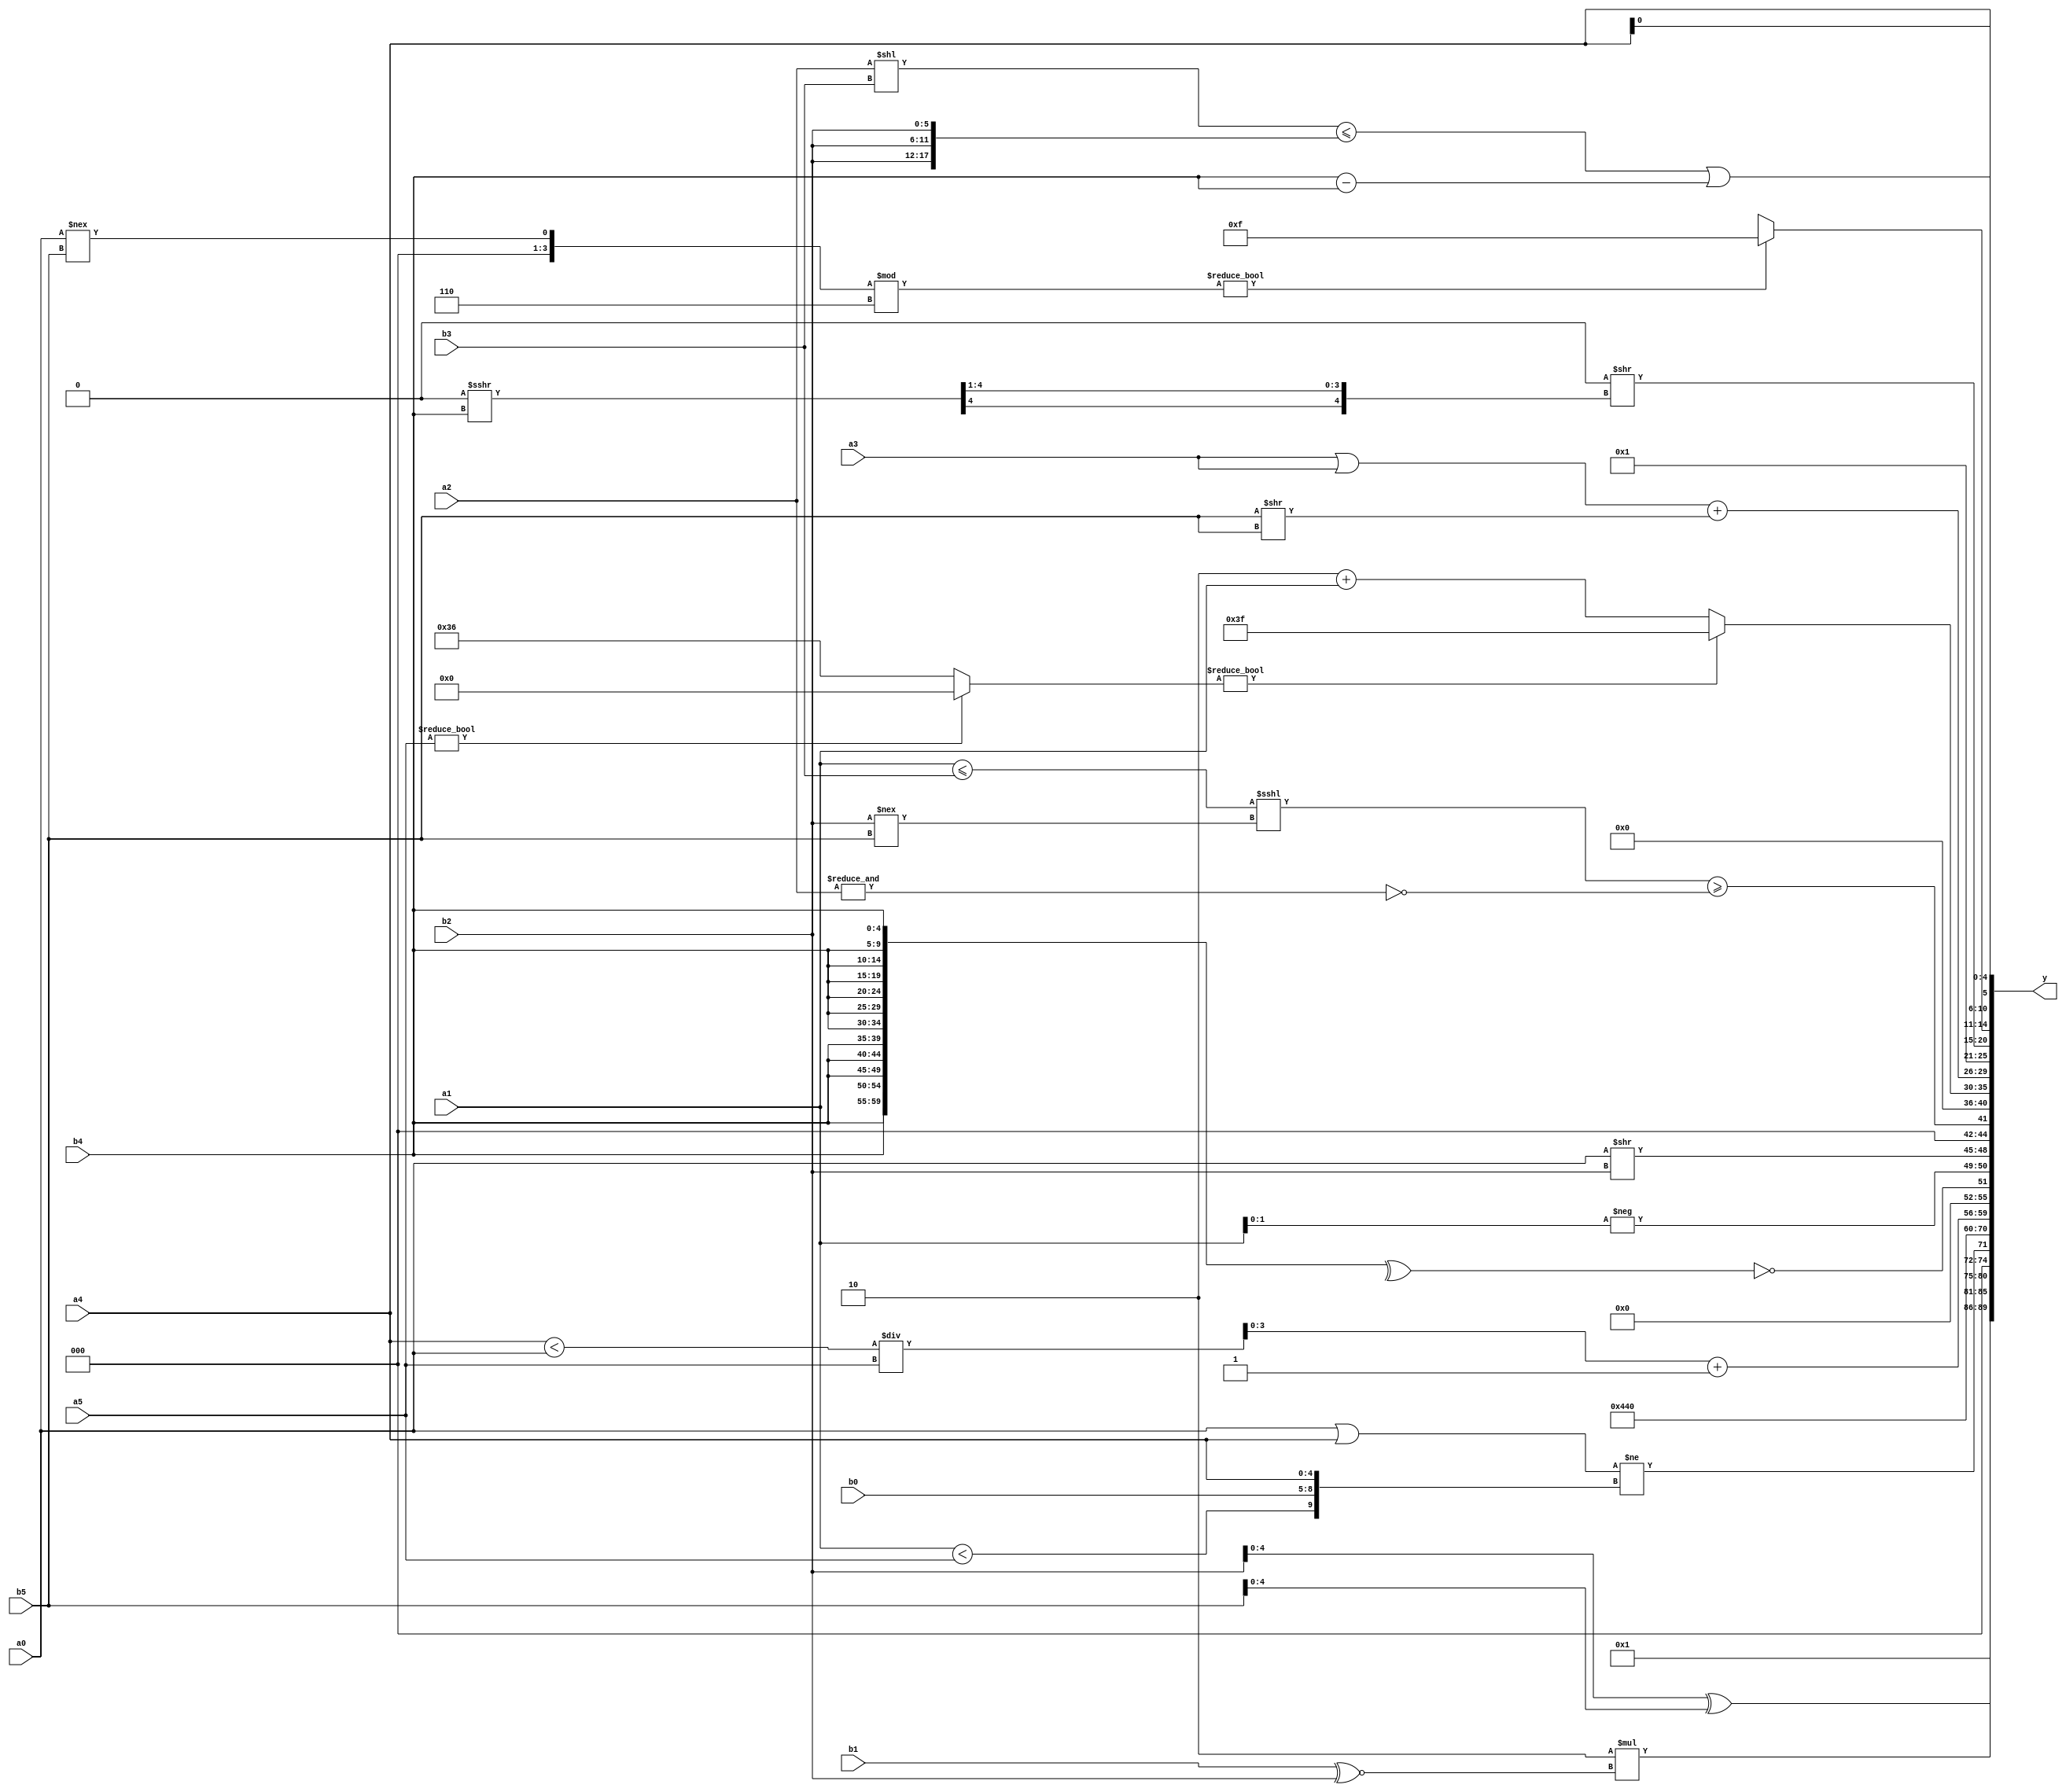
module expression_00137(a0, a1, a2, a3, a4, a5, b0, b1, b2, b3, b4, b5, y);
  input [3:0] a0;
  input [4:0] a1;
  input [5:0] a2;
  input signed [3:0] a3;
  input signed [4:0] a4;
  input signed [5:0] a5;

  input [3:0] b0;
  input [4:0] b1;
  input [5:0] b2;
  input signed [3:0] b3;
  input signed [4:0] b4;
  input signed [5:0] b5;

  wire [3:0] y0;
  wire [4:0] y1;
  wire [5:0] y2;
  wire signed [3:0] y3;
  wire signed [4:0] y4;
  wire signed [5:0] y5;
  wire [3:0] y6;
  wire [4:0] y7;
  wire [5:0] y8;
  wire signed [3:0] y9;
  wire signed [4:0] y10;
  wire signed [5:0] y11;
  wire [3:0] y12;
  wire [4:0] y13;
  wire [5:0] y14;
  wire signed [3:0] y15;
  wire signed [4:0] y16;
  wire signed [5:0] y17;

  output [89:0] y;
  assign y = {y0,y1,y2,y3,y4,y5,y6,y7,y8,y9,y10,y11,y12,y13,y14,y15,y16,y17};

  localparam [3:0] p0 = ((2'd0)?({(4'sd5),(5'd28),(5'd26)}>>>((-4'sd6)?(5'd26):(-3'sd3))):((5'd18)?(5'd6):(3'd5)));
  localparam [4:0] p1 = {({(-2'sd0)}-((4'd6)===(2'd3))),(((2'd1)>=(4'sd2))-{(3'd2)})};
  localparam [5:0] p2 = {(2'sd1),(-4'sd1),(3'd0)};
  localparam signed [3:0] p3 = (4'sd2);
  localparam signed [4:0] p4 = {1{(&(&{3{{2{(-3'sd2)}}}}))}};
  localparam signed [5:0] p5 = {4{(3'd6)}};
  localparam [3:0] p6 = (^((4'd12)?(-3'sd2):(!(-3'sd3))));
  localparam [4:0] p7 = (((5'd29)!=(5'd24))>=(!(2'd2)));
  localparam [5:0] p8 = ((-4'sd1)-(3'd0));
  localparam signed [3:0] p9 = ((-5'sd14)?(~^(4'sd7)):(!(2'sd0)));
  localparam signed [4:0] p10 = (-{{(~^{(3'd5),(2'sd1)}),((2'd0)&(-4'sd1))},((|((5'sd6)<(-3'sd0)))+{(2'd3),(3'd5),(4'sd6)})});
  localparam signed [5:0] p11 = {(3'd4),({(-5'sd8)}^~(5'sd5)),{{3{(2'sd0)}},{(-5'sd6)}}};
  localparam [3:0] p12 = {1{{{(4'd0),(-3'sd3),(5'd6)}}}};
  localparam [4:0] p13 = ((2'sd0)==(4'd2 * (4'd2)));
  localparam [5:0] p14 = ((~|(+(~^(-2'sd1))))?(&(-((3'd1)<=(3'sd0)))):((&(5'sd15))<(~(5'd5))));
  localparam signed [3:0] p15 = ((~{(&{(4'sd7),(2'sd0),(4'd0)})})!==(|((+(4'sd6))>>{(4'd1),(2'sd0),(4'd4)})));
  localparam signed [4:0] p16 = (~|(5'sd1));
  localparam signed [5:0] p17 = ((&(~|{2{(|{1{(3'd1)}})}}))<<(|{2{((5'd20)^(4'd10))}}));

  assign y0 = (~|(-2'sd0));
  assign y1 = {3{{(b2^b5)}}};
  assign y2 = (4'd2 * (b1^~b2));
  assign y3 = (($signed($unsigned((a0|a4)))!={(a1<a5),{b0,a4}}));
  assign y4 = {(-{4{p2}}),(!(&(-p8)))};
  assign y5 = (p9>p1);
  assign y6 = ($signed(((|(a4<a0))/a5))+$unsigned((+(-$unsigned((~((+p9))))))));
  assign y7 = (~|(^{2{{2{{3{b4}}}}}}));
  assign y8 = {$unsigned((-{b4,a0,a1})),{(a0>>b2)}};
  assign y9 = (((&(a1<=b3))<<<(b2!==b5))>=(~&{2{{4{a2}}}}));
  assign y10 = ((-5'sd6)?(3'sd0):(b4>a4));
  assign y11 = {2{((a5?p13:p5)?{3{p8}}:(p3+a1))}};
  assign y12 = ((a3||a3)+(b5>>b5));
  assign y13 = (2'd1);
  assign y14 = ((~^(3'd2))>>(((-5'sd0)>>>(+b4))>>>((2'd2)!==(4'd8))));
  assign y15 = (((a0!==b5)%p12)?(-((p7<=p15)^(p15/p2))):((p11/p13)%p7));
  assign y16 = {(((+a5)>{b2,b1,b4})>>((~|b3)<<<(^b2))),(((a2<<b3)<={3{b2}})|({a1,b4}-{3{b4}}))};
  assign y17 = ({4{$signed($unsigned({a4}))}});
endmodule